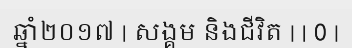
ឆ្នាំ២០១៧ | សង្គម និងជីវិត | | 0 |